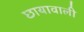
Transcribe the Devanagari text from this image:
छायावाली